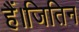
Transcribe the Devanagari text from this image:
हैं।जितिन